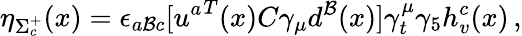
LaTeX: \eta_{\Sigma_{c}^{+}}(x)=\epsilon_{a\mathcal{B}c}[{u^{a}}^{T}(x)C\gamma_{\mu}d^{\mathcal{B}}(x)]\gamma_{t}^{\mu}\gamma_{5}h_{v}^{c}(x)\, ,